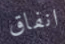
انفاق